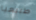
طبيعيا